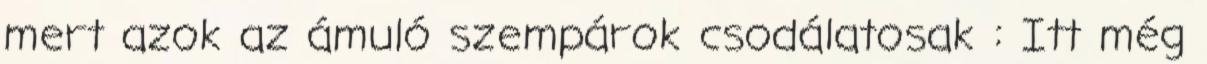
mert azok az ámuló szempárok csodálatosak : Itt még